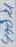
Text: 420u